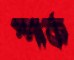
স্পার্ক